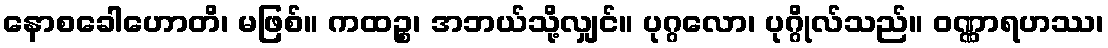
နောစခေါဟောတိ၊ မဖြစ်။ ကထဉ္စ၊ အဘယ်သို့လျှင်။ ပုဂ္ဂလော၊ ပုဂ္ဂိုလ်သည်။ ဝဏ္ဏာရဟဿ၊